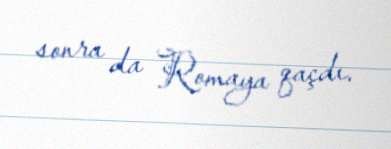
sonra da Romaya qaçdı.